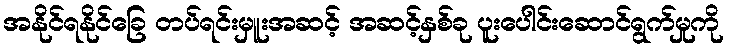
အနိုင်ရနိုင်ခြေ တပ်ရင်းမှူးအဆင့် အဆင့်နှစ်ခု ပူးပေါင်းဆောင်ရွက်မှုကို